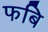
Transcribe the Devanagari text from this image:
फबि